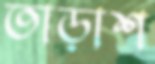
তাড়াশ